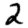
Digit: 2